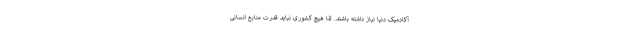
آکادمیک دنیا نیاز داشته باشند. لذا هیچ کشوری نباید قدرت منابع انسانی